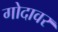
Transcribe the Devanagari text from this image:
गोदावर